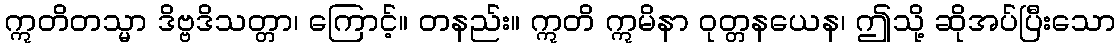
ဣတိတသ္မာ ဒိဗ္ဗဒိသတ္တာ၊ ကြောင့်။ တနည်း။ ဣတိ ဣမိနာ ဝုတ္တနယေန၊ ဤသို့ ဆိုအပ်ပြီးသော